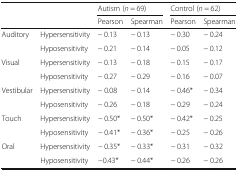
|  |  | <COLSPAN=2> Autism (n = 69) | <COLSPAN=2> Control (n = 62) |
 |  |  | Pearson | Spearman | Pearson | Spearman |
 | --- | --- | --- | --- | --- | --- |
 | <ROWSPAN=2> Auditory | Hypersensitivity | − 0.13 | − 0.13 | − 0.30 | − 0.24 |
 | Hyposensitivity | − 0.21 | − 0.14 | − 0.05 | − 0.12 |
 | <ROWSPAN=2> Visual | Hypersensitivity | − 0.13 | − 0.18 | − 0.15 | − 0.17 |
 | Hyposensitivity | − 0.27 | − 0.29 | − 0.16 | − 0.07 |
 | <ROWSPAN=2> Vestibular | Hypersensitivity | − 0.08 | − 0.14 | − 0.46* | − 0.34 |
 | Hyposensitivity | − 0.26 | − 0.18 | − 0.29 | − 0.24 |
 | <ROWSPAN=2> Touch | Hypersensitivity | − 0.50* | − 0.50* | − 0.42* | − 0.25 |
 | Hyposensitivity | − 0.41* | − 0.36* | − 0.25 | − 0.26 |
 | <ROWSPAN=2> Oral | Hypersensitivity | − 0.35* | − 0.33* | − 0.31 | − 0.32 |
 | Hyposensitivity | −0.43* | − 0.44* | − 0.26 | − 0.26 |